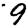
Digit: 9